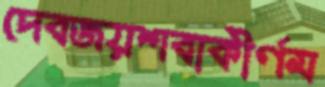
দেবজয়শবাকীর্ণম